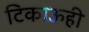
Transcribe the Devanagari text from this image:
टिकाऊही